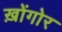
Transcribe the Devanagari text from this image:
ख़ोंगोर